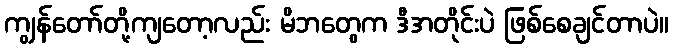
ကျွန်တော်တို့ကျတော့လည်း မိဘတွေက ဒီအတိုင်းပဲ ဖြစ်စေချင်တာပဲ။